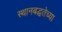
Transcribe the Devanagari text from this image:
स्थानबद्धतेच्या